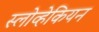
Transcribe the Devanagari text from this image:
स्लोव्हेकियन